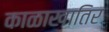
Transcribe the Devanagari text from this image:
काळाखातिर